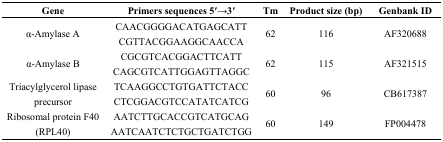
| Gene | Primers sequences 5′→3′ | Tm | Product size (bp) | Genbank ID |
 | --- | --- | --- | --- | --- |
 | <ROWSPAN=2> α-Amylase A | CAACGGGGACATGAGCATT | <ROWSPAN=2> 62 | <ROWSPAN=2> 116 | <ROWSPAN=2> AF320688 |
 | CGTTACGGAAGGCAACCA |
 | <ROWSPAN=2> α-Amylase B | CGCGTCACGGACTTCATT | <ROWSPAN=2> 62 | <ROWSPAN=2> 115 | <ROWSPAN=2> AF321515 |
 | CAGCGTCATTGGAGTTAGGC |
 | <ROWSPAN=2> Triacylglycerol lipase precursor | TCAAGGCCTGTGATTCTACC | <ROWSPAN=2> 60 | <ROWSPAN=2> 96 | <ROWSPAN=2> CB617387 |
 | CTCGGACGTCCATATCATCG |
 | <ROWSPAN=2> Ribosomal protein F40 (RPL40) | AATCTTGCACCGTCATGCAG | <ROWSPAN=2> 60 | <ROWSPAN=2> 149 | <ROWSPAN=2> FP004478 |
 | AATCAATCTCTGCTGATCTGG |